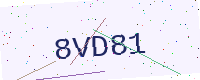
Text: 8VD81